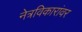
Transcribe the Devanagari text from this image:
नेत्रविकारांवर